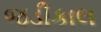
જડીકાલ